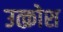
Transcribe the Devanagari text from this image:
उत्क्रोश